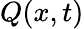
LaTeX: Q(x,t)